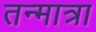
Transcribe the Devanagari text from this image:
तन्मात्रा